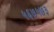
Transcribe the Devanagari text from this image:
५६७५७३